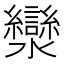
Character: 灓